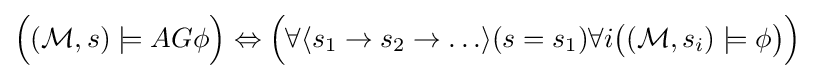
{\Big (}({\mathcal {M}},s)\models AG\phi {\Big )}\Leftrightarrow {\Big (}\forall \langle s_{1}\rightarrow s_{2}\rightarrow \ldots \rangle (s=s_{1})\forall i{\big (}({\mathcal {M}},s_{i})\models \phi {\big )}{\Big )}